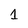
Character: 1